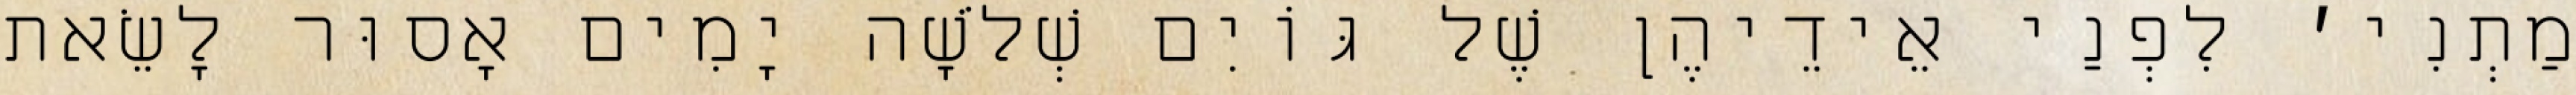
מַתְנִי׳ לִפְנַי אֵידֵיהֶן שֶׁל גּוֹיִם שְׁלֹשָׁה יָמִים אָסוּר לָשֵׂאת